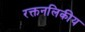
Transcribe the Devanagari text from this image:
रक्तनलिकीय